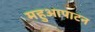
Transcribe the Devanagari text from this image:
महुआपाटन